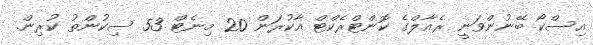
އިސްކޯ ބޭނުންވަނީ ރެއާލްގެ ކޮންޓްރެކްޓް އާކުރަން 20 މިނެޓް 53 ސިކުންތު ކުރިން.